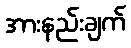
အားနည်းချက်